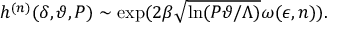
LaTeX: h ^ { ( n ) } ( \delta , \vartheta , P ) \sim { \mathrm { e x p } } ( 2 \beta \sqrt { \ln ( P \vartheta / \Lambda ) } \omega ( \epsilon , n ) ) .